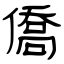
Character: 僑